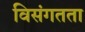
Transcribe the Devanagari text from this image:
विसंगतता